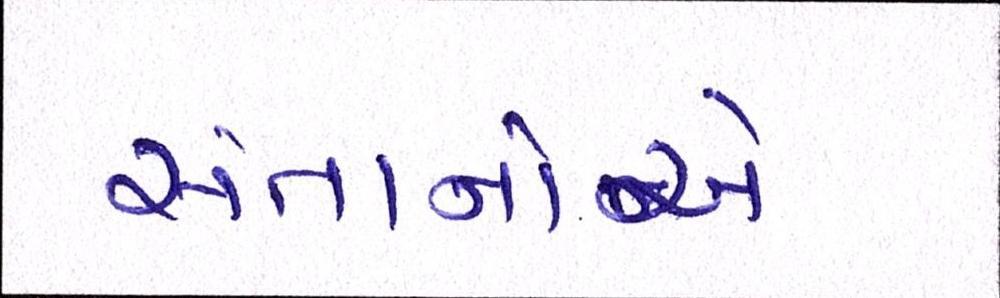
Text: સંતાનોએ